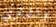
وتشتري